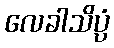
လေခါသိပ္ပံ